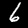
Label: 6